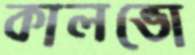
কালভো